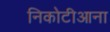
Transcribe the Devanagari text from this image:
निकोटीआना